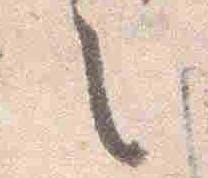
之